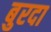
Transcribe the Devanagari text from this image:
बुरदा